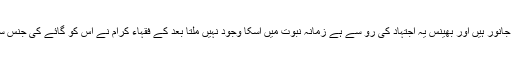
بکری، بھیڑ، دنبہ، گائے اور اونٹ یہ مسنون جانور ہیں اور بھینس یہ اجتہاد کی رو سے ہے زمانہ نبوت میں اسکا وجود نہیں ملتا بعد کے فقہاء کرام نے اس کو گائے کی جنس سے مانکر اسکی قربانی کو جائز قرار دیا ہے۔